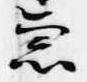
急